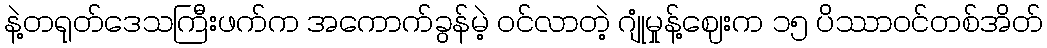
နဲ့တရုတ်ဒေသကြီးဖက်က အကောက်ခွန်မဲ့ ဝင်လာတဲ့ ဂျုံမှုန့်ဈေးက ၁၅ ပိဿာဝင်တစ်အိတ်